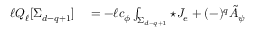
\begin{array} { r l } { \ell Q _ { \ell } [ \Sigma _ { d - q + 1 } ] } & { { } = - \ell c _ { \phi } \int _ { \Sigma _ { d - q + 1 } } { \star { \cal J } _ { e } } + ( - ) ^ { q } \tilde { A } _ { \psi } } \end{array}